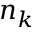
n _ { k }